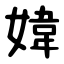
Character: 媁